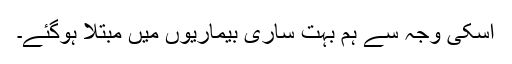
اسکی وجہ سے ہم بہت ساری بیماریوں میں مبتلا ہوگئے۔